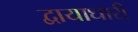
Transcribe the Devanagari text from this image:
द्वायाधारी